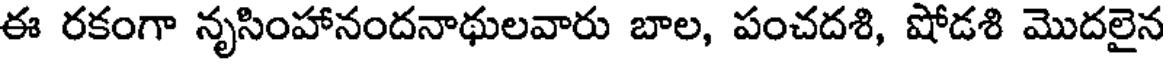
ఈ రకంగా నృసింహానందనాథులవారు బాల, పంచదశి, షోడశి మొదలైన